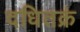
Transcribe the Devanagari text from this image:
दधितक्रं